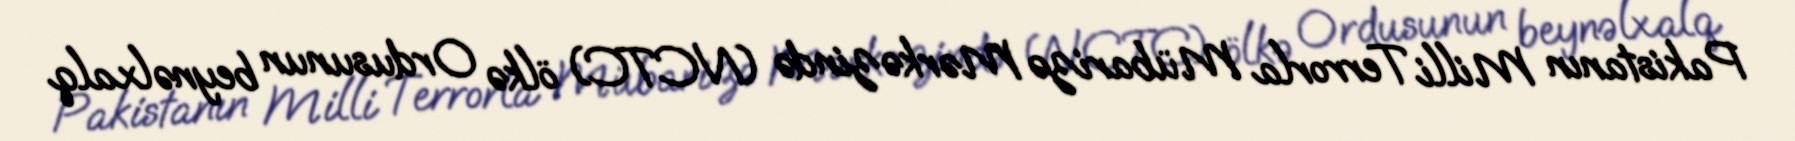
Pakistanın Milli Terrorla Mübarizə Mərkəzində (NCTC) ölkə Ordusunun beynəlxalq